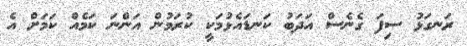
ރަނގަޅު ސިފަ ގެނެސް އަދަބު ކަނޑައެޅުމަކީ ކުރަމުން އަންނަ ކަމެއް ކަމަށް އެ